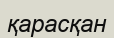
қарасқан